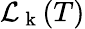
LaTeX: \mathcal{L}_{\mathrm{{~k~}}}(T)